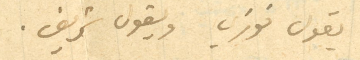
يقول فوزي ويقول شريف.